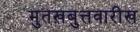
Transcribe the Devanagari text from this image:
मुतख़बुत्तवारीख